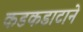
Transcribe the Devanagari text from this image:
कडकडाटाने